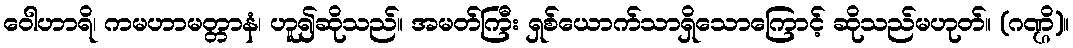
ဝေါဟာရိ၊ ကမဟာမတ္တာနံ၊ ဟူ၍ဆိုသည်။ အမတ်ကြီး ရှစ်ယောက်သာရှိသောကြောင့် ဆိုသည်မဟုတ်။ (ဂဏ္ဌိ)။